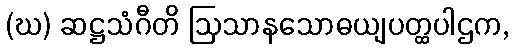
(ဃ) ဆဋ္ဌသံဂီတိ ဩသာနသောဓယျပတ္ထပါဌက,